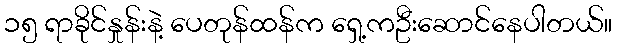
၁၅ ရာခိုင်နှုန်းနဲ့ ပေတုန်ထန်က ရှေ့ကဦးဆောင်နေပါတယ်။